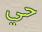
حي